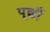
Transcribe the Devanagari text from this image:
पूछाँ